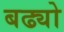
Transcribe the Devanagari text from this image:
बढ्यो